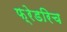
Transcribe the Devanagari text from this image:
फ़्रेडरिच